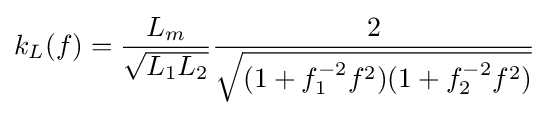
k_{L}(f)={\frac {L_{m}}{\sqrt {L_{1}L_{2}}}}{\frac {2}{\sqrt {(1+f_{1}^{-2}f^{2})(1+f_{2}^{-2}f^{2})}}}